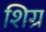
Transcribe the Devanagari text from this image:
शिग्र